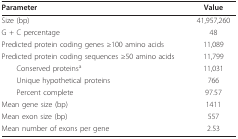
<table><thead><tr><td><b>Parameter</b></td><td><b>Value</b></td></tr></thead><tbody><tr><td>Size (bp)</td><td>41,957,260</td></tr><tr><td>G + C percentage</td><td>48</td></tr><tr><td>Predicted protein coding genes ≥100 amino acids</td><td>11,089</td></tr><tr><td>Predicted protein coding sequences ≥50 amino acids</td><td>11,799</td></tr><tr><td> Conserved proteins<sup>a</sup></td><td>11,031</td></tr><tr><td> Unique hypothetical proteins</td><td>766</td></tr><tr><td> Percent complete</td><td>97.57</td></tr><tr><td>Mean gene size (bp)</td><td>1411</td></tr><tr><td>Mean exon size (bp)</td><td>557</td></tr><tr><td>Mean number of exons per gene</td><td>2.53</td></tr></tbody></table>